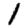
Digit: 1